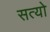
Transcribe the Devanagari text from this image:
सत्यो